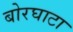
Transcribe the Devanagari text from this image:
बोरघाटा